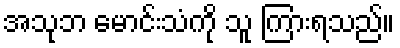
အသုဘ မောင်းသံကို သူ ကြားရသည်။